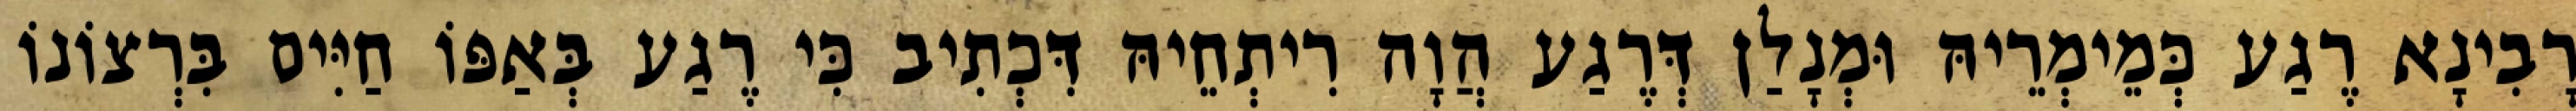
רָבִינָא רֶגַע כְּמֵימְרֵיהּ וּמְנָלַן דְּרֶגַע הֲוָה רִיתְחֵיהּ דִּכְתִיב כִּי רֶגַע בְּאַפּוֹ חַיִּים בִּרְצוֹנוֹ